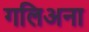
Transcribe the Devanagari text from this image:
गलिअना